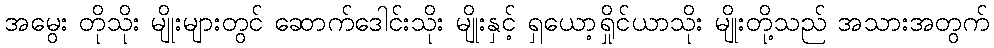
အမွေး တိုသိုး မျိုးများတွင် ဆောက်ဒေါင်းသိုး မျိုးနှင့် ရှယော့ရှိုင်ယာသိုး မျိုးတို့သည် အသားအတွက်